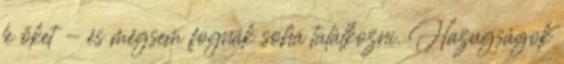
le őket - és mégsem fognak soha találkozni. Hazugságok